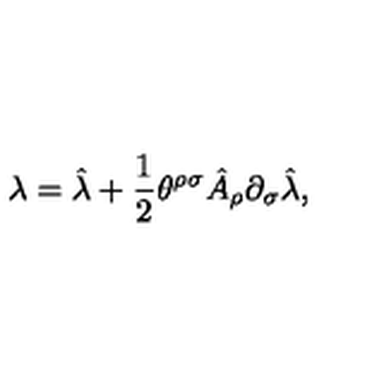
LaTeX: \lambda = \hat { \lambda } + \frac { 1 } { 2 } \theta ^ { \rho \sigma } \hat { A } _ { \rho } \partial _ { \sigma } \hat { \lambda } ,